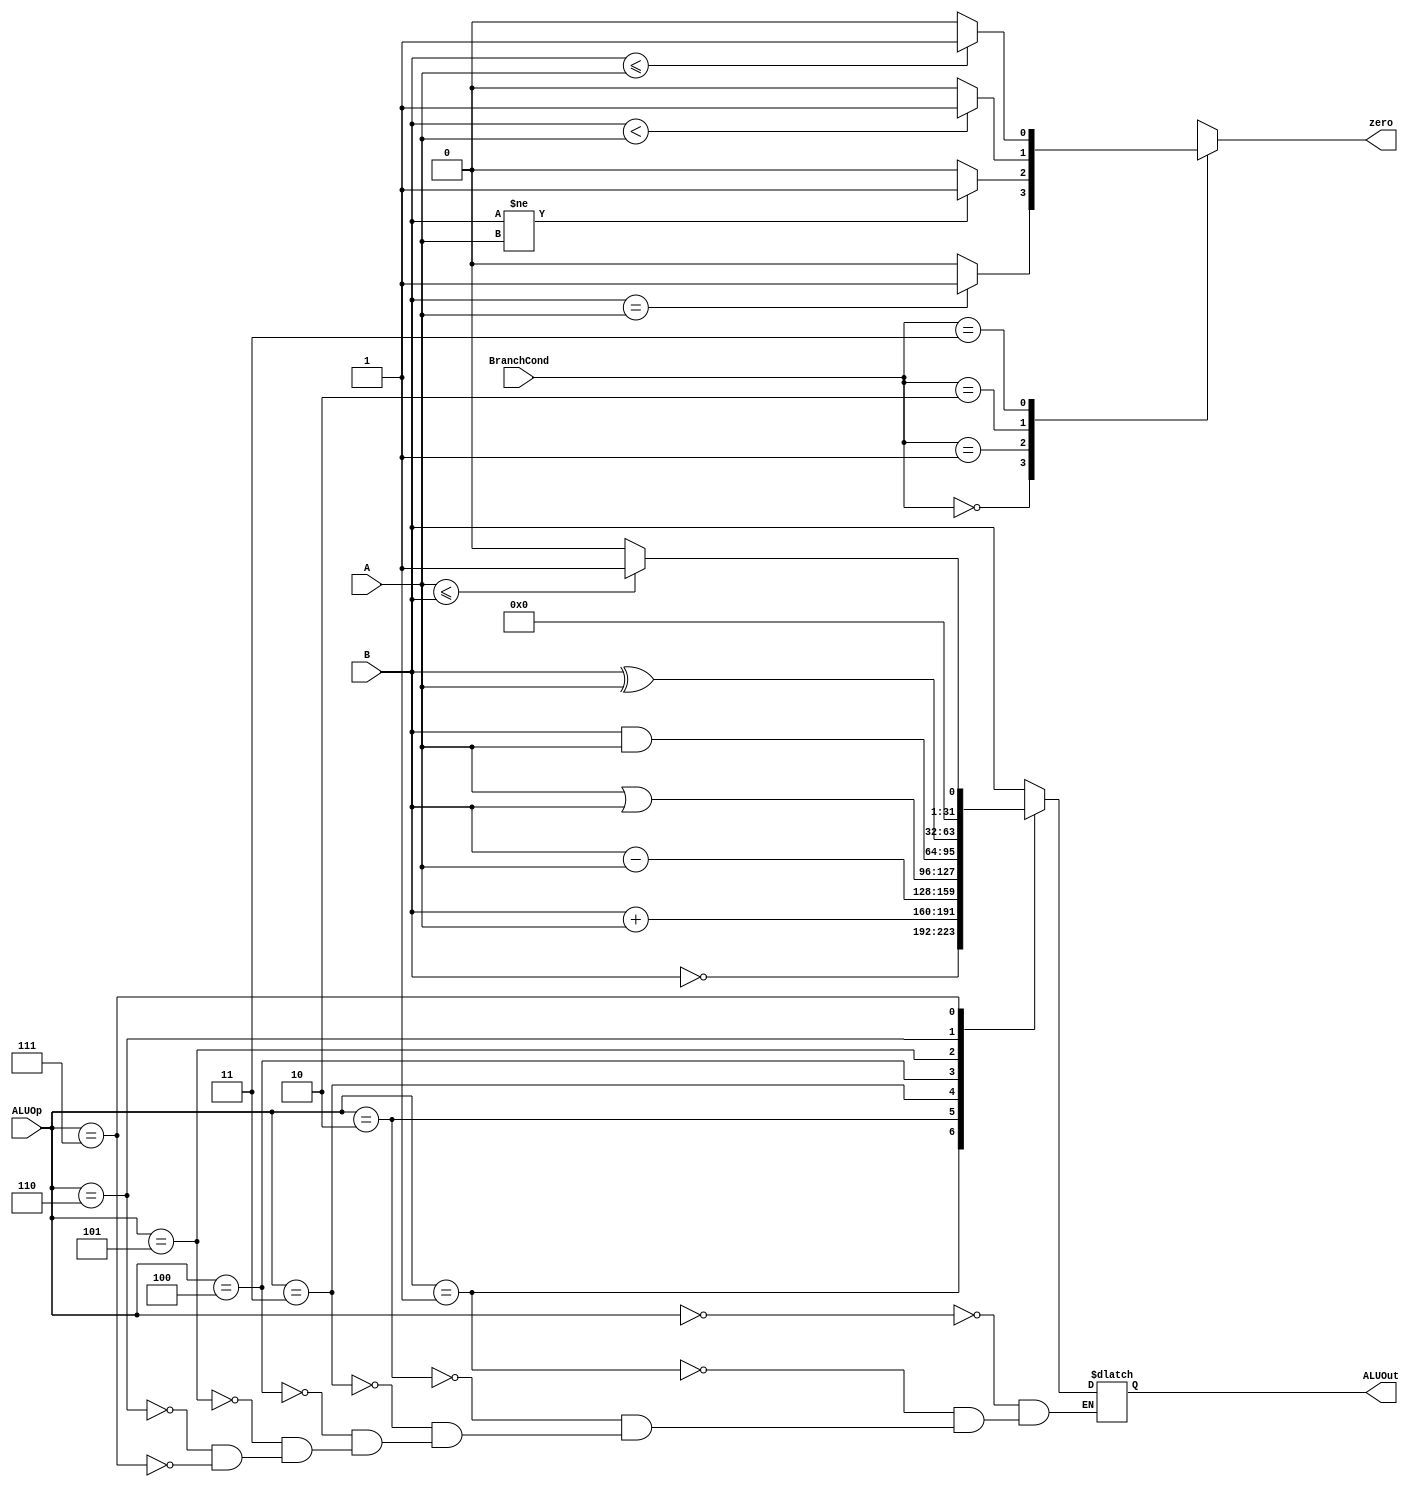
`timescale 1ns / 1ps
//////////////////////////////////////////////////////////////////////////////////
// Company: 
// Engineer: 
// 
// Design Name: 
// Module Name:    ALU 
// Project Name: 
// Target Devices: 
// Tool versions: 
// Description: 
//
// Dependencies: 
//
// Revision: 
// Revision 0.01 - File Created
// Additional Comments: 
//
//////////////////////////////////////////////////////////////////////////////////
module ALU(A,B,ALUOp,ALUOut,BranchCond,zero);
	
parameter DATA_WIDTH = 32;
parameter ALU_SELECT_WIDTH = 4;
	
//-------------Input Ports-----------------------------
input signed [DATA_WIDTH-1:0] A;
input signed [DATA_WIDTH-1:0] B;
input[1:0] BranchCond;
input [ALU_SELECT_WIDTH-1:0] ALUOp;
//-------------Output Ports-----------------------------
output reg [DATA_WIDTH-1:0] ALUOut;
output reg zero;

always@(*)
begin
case(BranchCond)
	2'b00: zero = (B==A)? 1'b1: 1'b0; //EQUAL FLAG
	2'b01: zero = (B!=A)? 1'b1: 1'b0; //NOT EQUAL FLAG
	2'b10: zero = (B < A)? 1'b1: 1'b0; //BLT FLAG
	2'b11: zero = (B <= A)? 1'b1: 1'b0; //BLE FLAG
endcase
end


always@(A or B or ALUOp)
	begin
	case(ALUOp)
		4'b0000: ALUOut <= B;
		4'b0001: ALUOut <= ~B;
		4'b0010: ALUOut <= B+A;
		4'b0011: ALUOut <= B-A;
		4'b0100: ALUOut <= A|B;
		4'b0101: ALUOut <= B&A;
		4'b0110: ALUOut <= B^A;
		4'b0111: ALUOut <= (A<=B)? 32'd1:32'd0;
		
		endcase
	end

endmodule